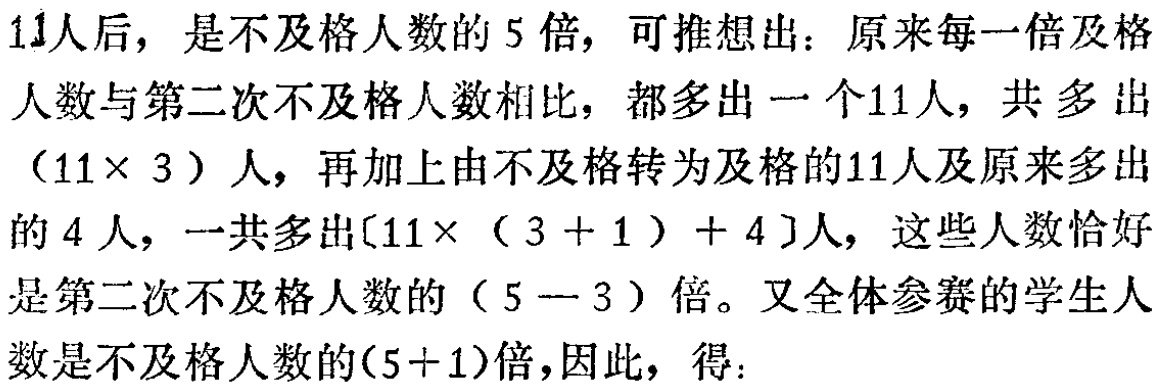
11人后，是不及格人数的 5 倍，可推想出：原来每一倍及格
人数与第二次不及格人数相比，都多出一个11人，共多出
（11× 3）人，再加上由不及格转为及格的11人及原来多出
的 4 人，一共多出[11×（3 + 1）+ 4]人，这些人数恰好
是第二次不及格人数的（5 - 3）倍。又全体参赛的学生人
数是不及格人数的(5+1)倍，因此，得：